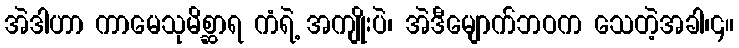
အဲဒါဟာ ကာမေသုမိစ္ဆာရ ကံရဲ့ အကျိုးပဲ၊ အဲဒီမျောက်ဘဝက သေတဲ့အခါ၊၄။